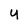
Character: y